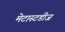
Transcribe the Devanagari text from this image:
मेटास्टडीज